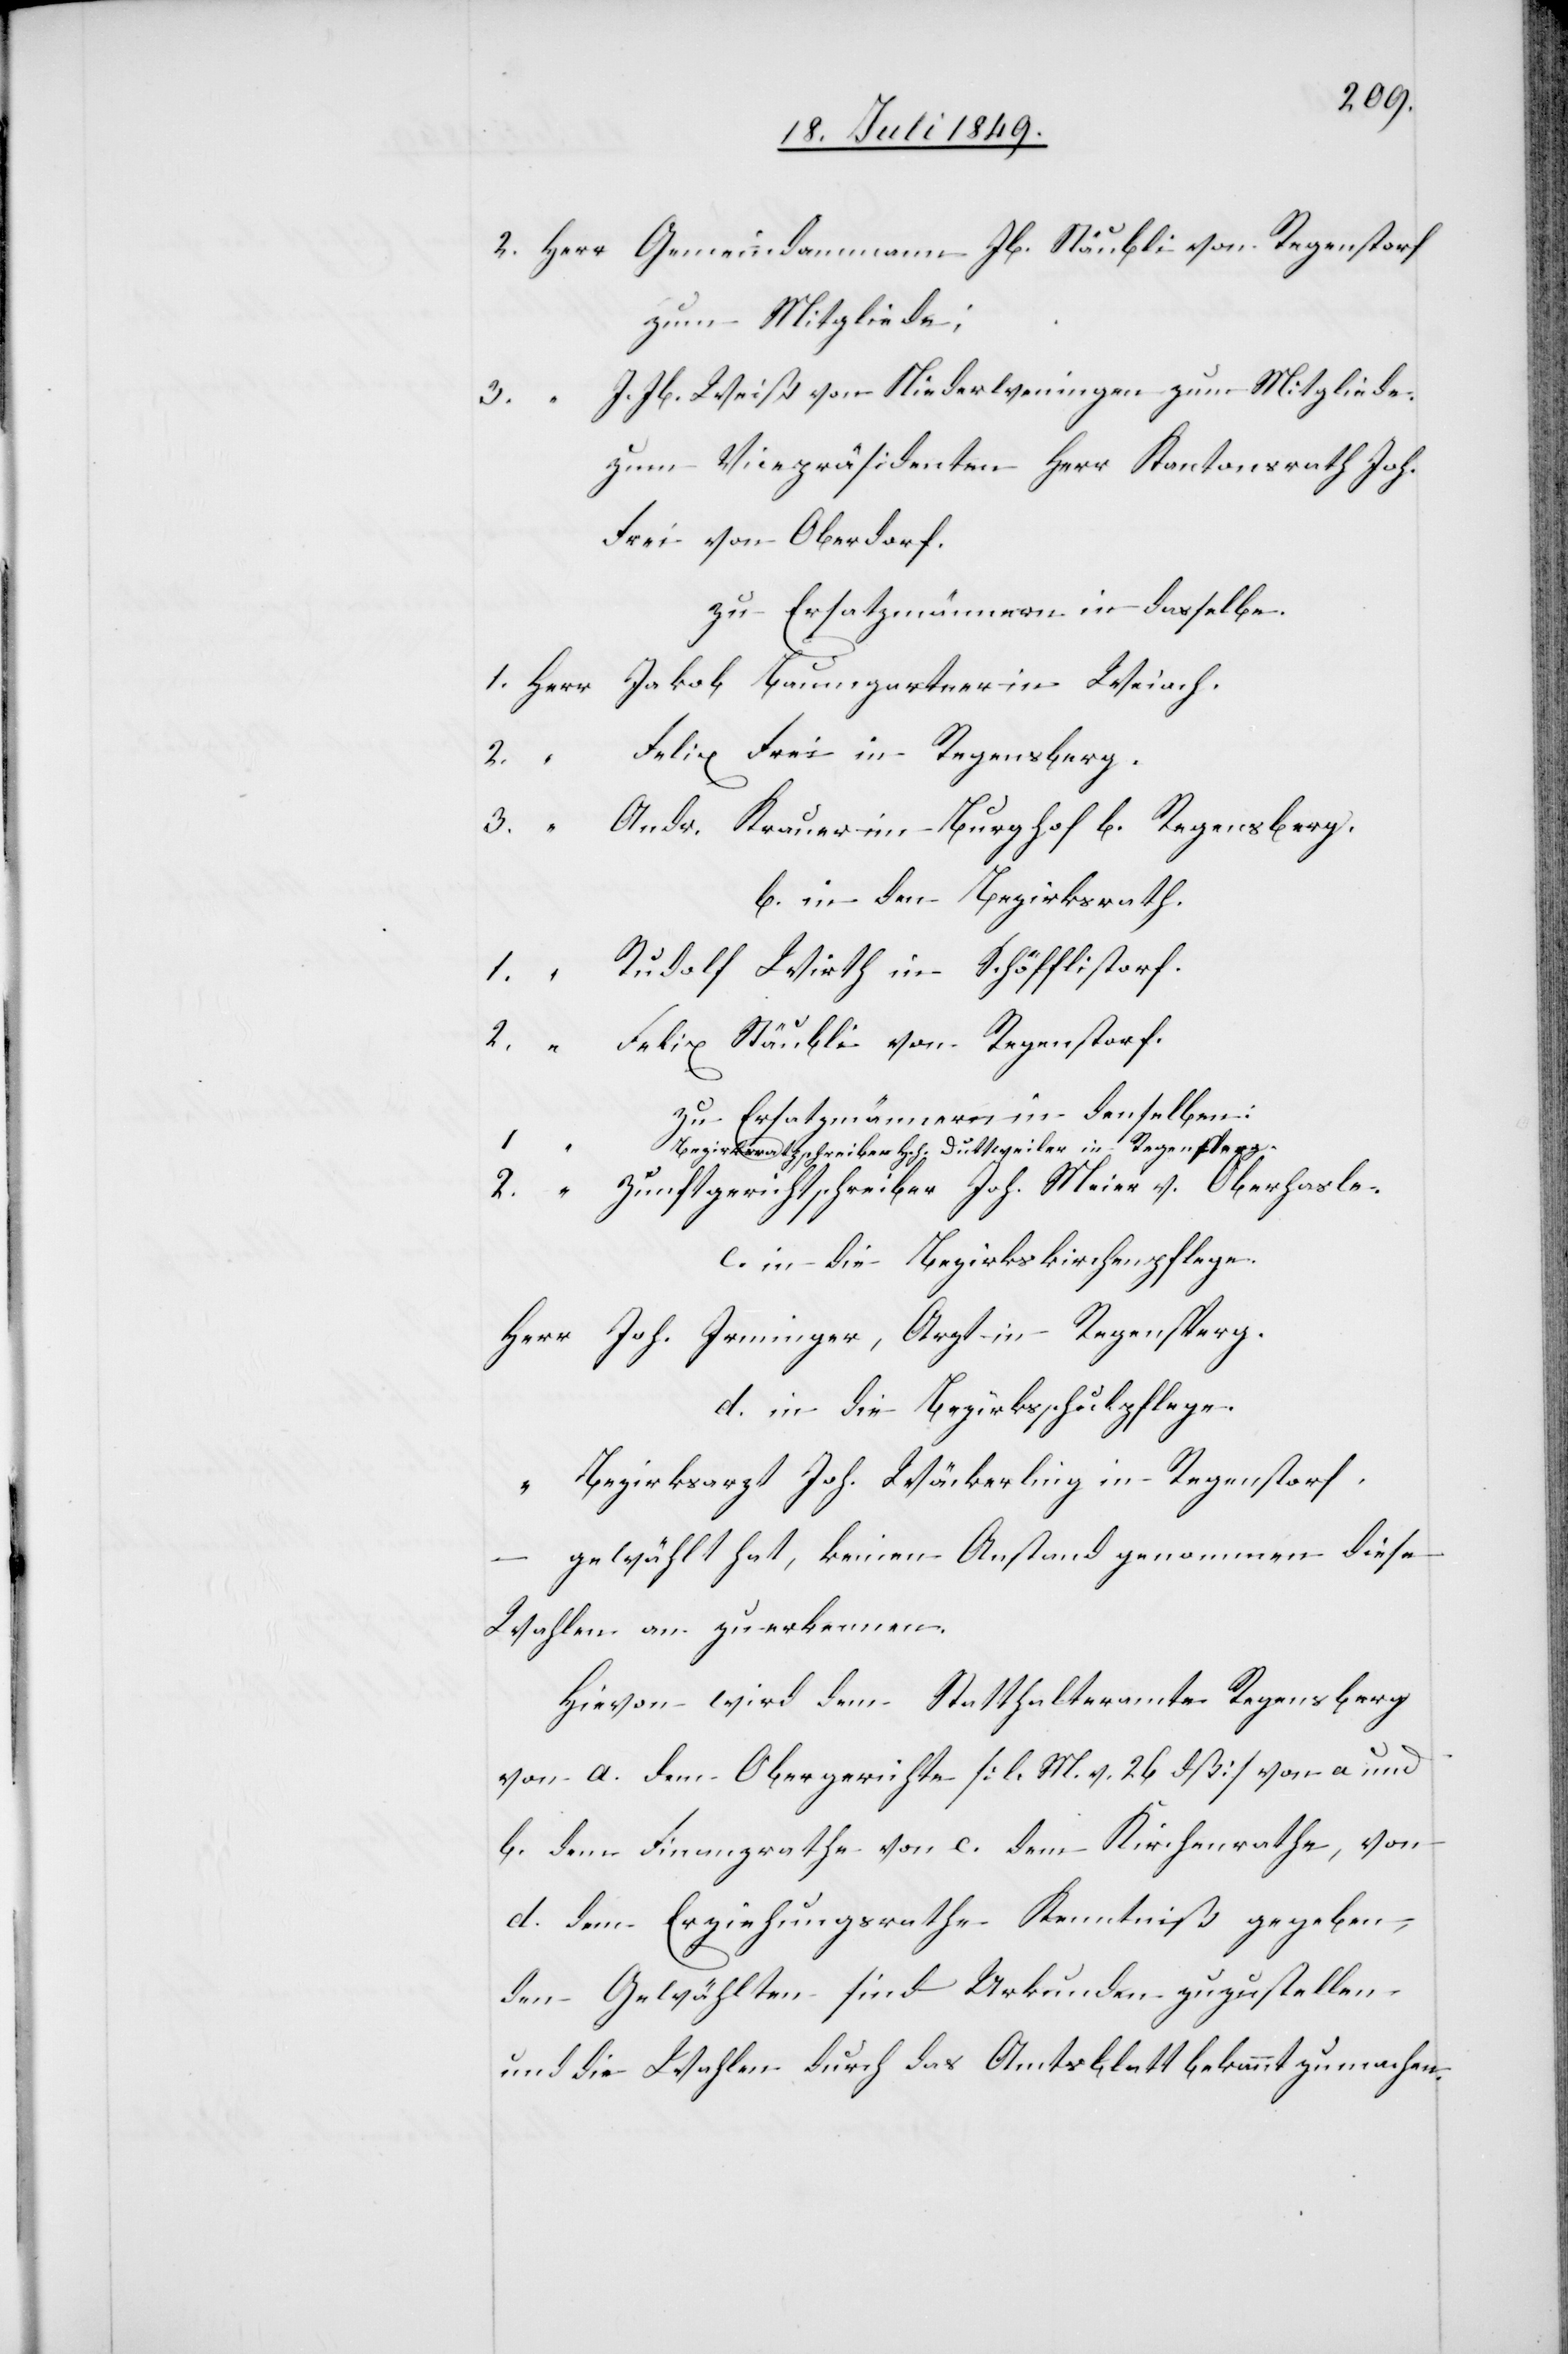
2.	Herr	Gemeindammann Jb. Stäubli von Regenstorf
zum Mitgliede;
Jb. Weiß von Niederweningen zum Mitgliede
Frei von Oberdorf
zu Ersatzmännern in dasselbe.
1. Herr	Jakob Baumgartner in Weiach.
elix Frei in Regensberg.
3.		“	Andr. Krauer im Burghof b. Regensberg.
b. in den Bezirksrath.
1.		“	Rudolf Wirth in Schöfflistorf.
2.		“	Felix Stäubli von Regenstorf.
zu Ersatzmännern in denselben:
ezirksrathsschreiber Hch. Duttweiler in Regensperg.
2.		“	Zunftgerichtschreiber Joh. Meier v. Oberhasle.
c. in die Bezirkskirchenpflege.
Herr	Joh. Irminger, Arzt in Regensperg.
d. in die Bezirksschulpflege.
“	Bezirksarzt Joh. Wäckerling in Regenstorf.
gewählt hat, keinen Anstand genommen diese
Wahlen an zuerkennen.
Hievon wird dem Statthalteramte Regensberg
von a. dem Obergerichte [l. M. v.26 dß] von a und
b. dem Finanzrathe von c. dem Kirchenrathe, von
d. dem Erziehungsrathe Kenntniß gegeben,
den Gewählten sind Urkunden zuzustellen
und die Wahlen durch das Amtsblatt bekannt zu machen.

1.		“	B¬